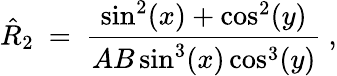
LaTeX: \hat{R}_{2}\ =\ \frac{\sin^{2}(x)+\cos^{2}(y)}{AB\sin^{3}(x)\cos^{3}(y)}~,